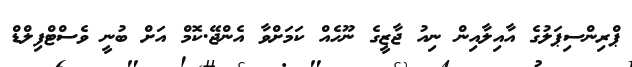
ޕްރިންސިޕަލުގެ އާއިލާއިން ނިއު ޖާޒީގެ ނޫހެއް ކަމަށްވާ އެންޖޭ.ކޮމް އަށް ބުނީ ވެސްޓްފިލްޑް